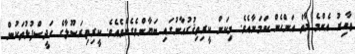
ޠާހިރު އެންމެ މާތް އަންހެން ކަމަނާއެވެ. މިކަން ކީރިތިޤުރުއާނުގައި ބަޔާންވެގެންވެއެވެ. ކީރިތިރަސޫލާގެ ހަދީސްފުޅުތަކުން